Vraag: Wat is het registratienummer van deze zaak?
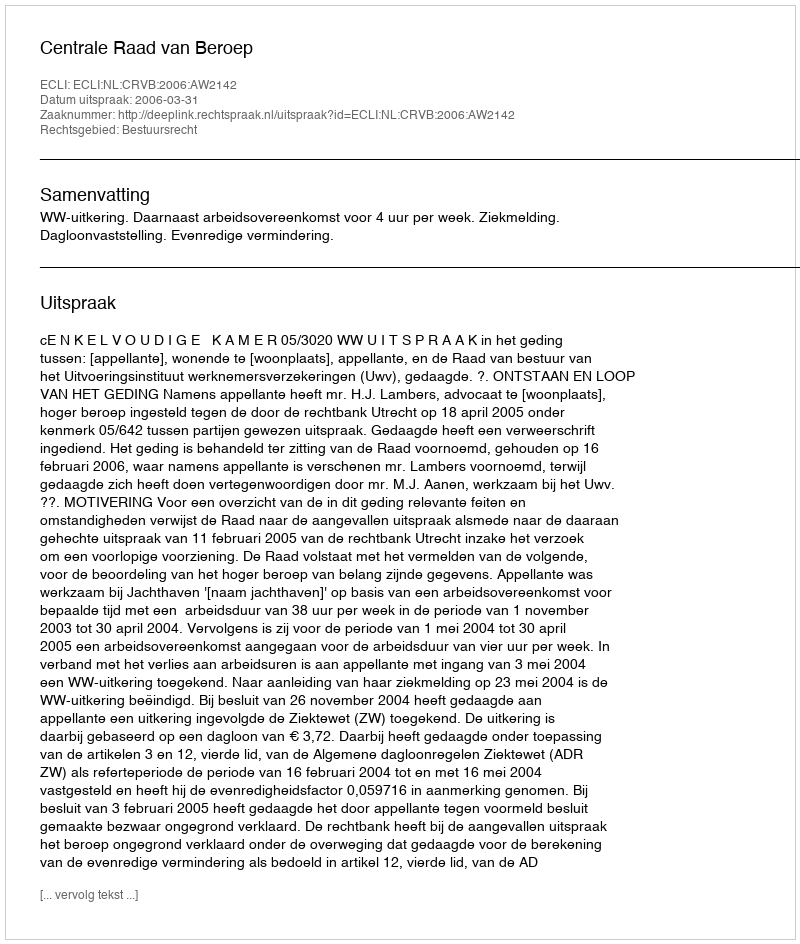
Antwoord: http://deeplink.rechtspraak.nl/uitspraak?id=ECLI:NL:CRVB:2006:AW2142